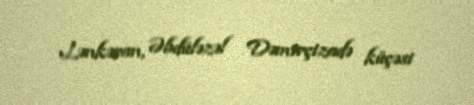
Lənkəran, Əbdüləzəl Dəmirçizadə küçəsi